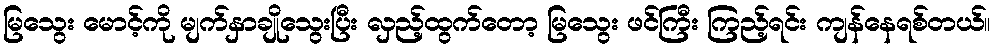
မြသွေး မောင့်ကို မျက်နှာချိုသွေးပြီး လှည့်ထွက်တော့ မြသွေး ဖင်ကြီး ကြည့်ရင်း ကျန်နေရစ်တယ်။